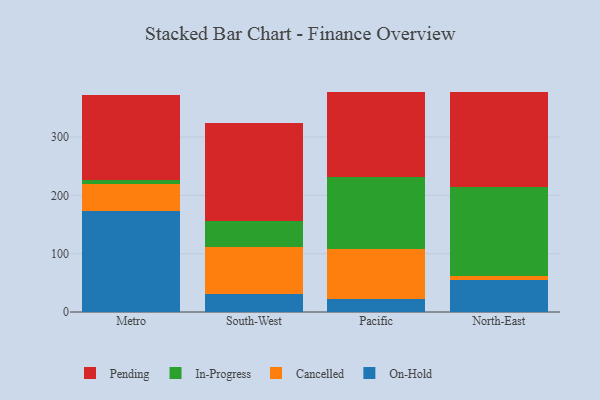
{"axis": {"x": "Region", "y": "Conversion Rate (%)"}, "legend": ["Cancelled", "In-Progress", "On-Hold", "Pending"], "data": [{"x": "Metro", "y": 173.9, "type": "On-Hold"}, {"x": "Metro", "y": 45.1, "type": "Cancelled"}, {"x": "Metro", "y": 8.1, "type": "In-Progress"}, {"x": "Metro", "y": 144.7, "type": "Pending"}, {"x": "South-West", "y": 30.9, "type": "On-Hold"}, {"x": "South-West", "y": 80.7, "type": "Cancelled"}, {"x": "South-West", "y": 44.2, "type": "In-Progress"}, {"x": "South-West", "y": 167.9, "type": "Pending"}, {"x": "Pacific", "y": 22.6, "type": "On-Hold"}, {"x": "Pacific", "y": 85.4, "type": "Cancelled"}, {"x": "Pacific", "y": 124.1, "type": "In-Progress"}, {"x": "Pacific", "y": 144.6, "type": "Pending"}, {"x": "North-East", "y": 54.6, "type": "On-Hold"}, {"x": "North-East", "y": 7.2, "type": "Cancelled"}, {"x": "North-East", "y": 152.8, "type": "In-Progress"}, {"x": "North-East", "y": 163.3, "type": "Pending"}]}